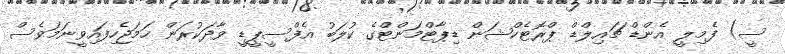
ސީ) ފެމިލީ އެންޑް ޗައިލްޑް ޕްރޮޓެކްޝަން ޑިޕާޓްމަންޓްގެ ކުލަބު އެފްސީޕީޑީ ވާދަކުރަން ހަމަޖެހިފައިވީނަމަވެސް